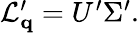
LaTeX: \begin{array}{r}{{\mathcal L_{\mathbf q}^{\prime}}=U^{\prime}\Sigma^{\prime}.}\end{array}